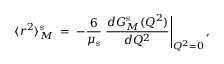
\langle r ^ { 2 } \rangle _ { M } ^ { \mathrm { s } } \; = \; - \frac { 6 } { \mu _ { \mathrm { s } } } \left. \frac { d G _ { M } ^ { \mathrm { s } } ( Q ^ { 2 } ) } { d Q ^ { 2 } } \right| _ { Q ^ { 2 } = 0 } ,